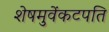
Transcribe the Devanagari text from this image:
शेषमुवेंकटपति